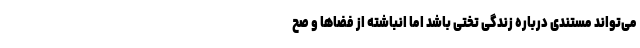
می‌تواند مستندی درباره‌ زندگی تختی باشد اما انباشته از فضاها و صح